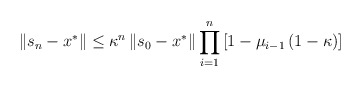
\begin{align*}\left\Vert s_{n}-x^{\ast }\right\Vert \leq \kappa^{n}\left\Vert s_{0}-x^{\ast}\right\Vert \prod_{i=1}^{n}\left[1-\mu_{i-1}\left(1-\kappa\right) \right] \end{align*}